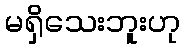
မရှိသေးဘူးဟု